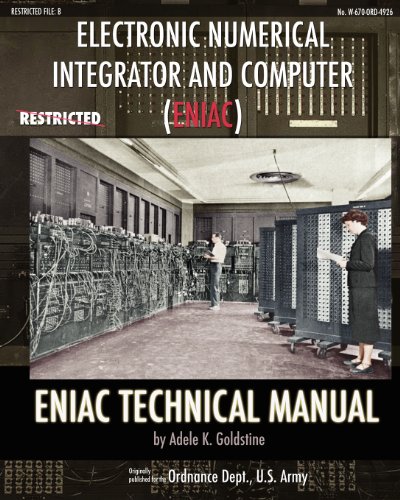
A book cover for Electronic Numerical Integrator and Computer (ENIAC) ENIAC Technical Manual; Adele K Goldstine; Computers & Technology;